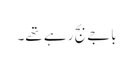
باجے بج رہے تھے۔